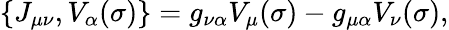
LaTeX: \{ J_{\mu\nu},V_{\alpha}(\sigma)\} =g_{\nu\alpha}V_{\mu}(\sigma)-g_{\mu\alpha}V_{\nu}(\sigma),